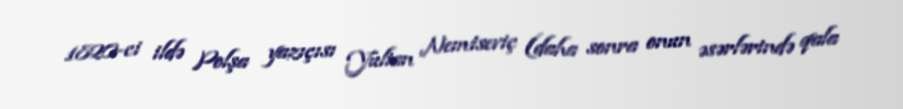
1820-ci ildə Polşa yazıçısı Yulian Nemtseviç (daha sonra onun əsərlərində qala